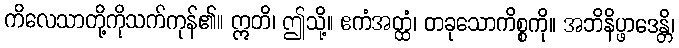
ကိလေသာတို့ကိုသက်ကုန်၏။ ဣတိ၊ ဤသို့။ ဧကံအတ္ထံ၊ တခုသောကိစ္စကို။ အဘိနိပ္ဖာဒေန္တိ၊